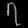
Digit: ၇